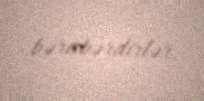
bərabərdirlər.